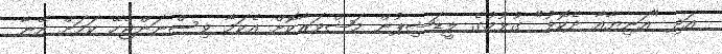
އަދި "އަނިޔާއާ ދެކޮޅު" ގުޅުމުގެ ލީޑަޝިޕުން މަޝްވަރާކޮށް އެކަމާ ވިސްނަންޖެހޭ ކަމަަށް އޭނާ